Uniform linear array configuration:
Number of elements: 12
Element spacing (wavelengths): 0.25
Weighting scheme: cosine
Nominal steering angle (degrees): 45
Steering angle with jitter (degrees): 46.229
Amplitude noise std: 0.05
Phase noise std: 0.05

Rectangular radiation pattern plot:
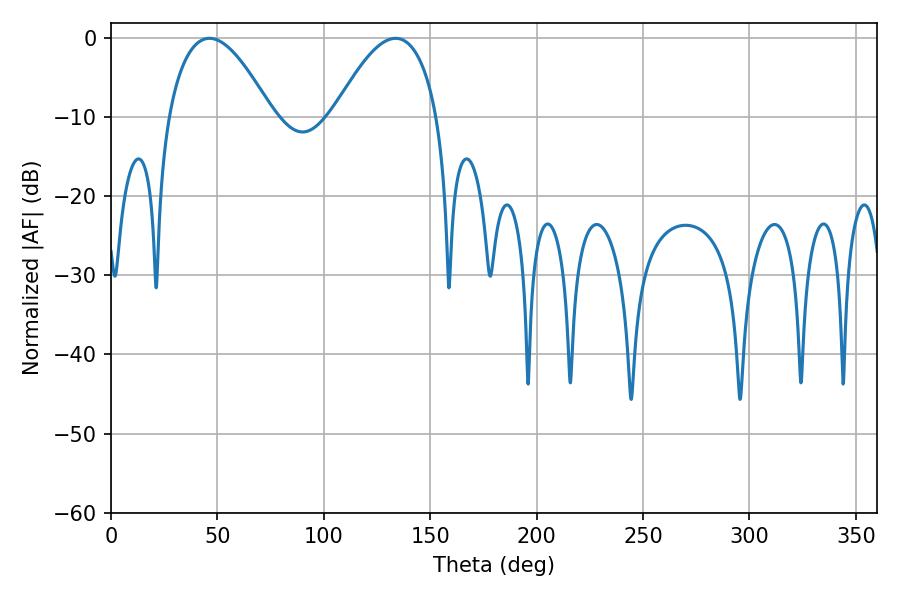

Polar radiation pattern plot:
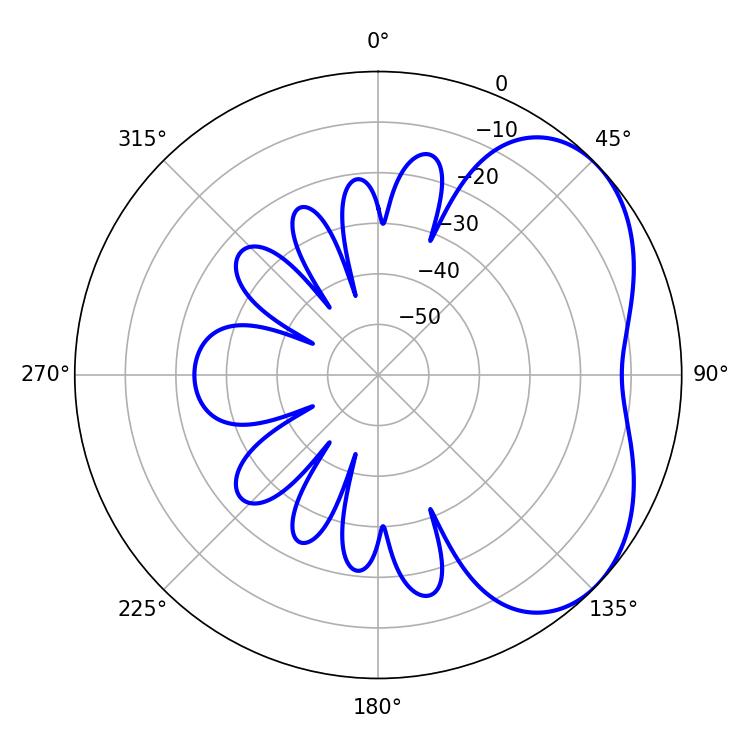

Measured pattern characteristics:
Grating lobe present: FALSE
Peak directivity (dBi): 4.157
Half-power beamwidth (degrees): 26.82
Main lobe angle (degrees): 46.26